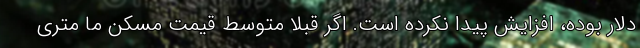
دلار بوده، افزایش پیدا نکرده است. اگر قبلا متوسط قیمت مسکن ما متری